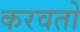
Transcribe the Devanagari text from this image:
करवतो